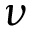
\nu